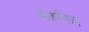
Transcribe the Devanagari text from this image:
मॅक्‌गिल